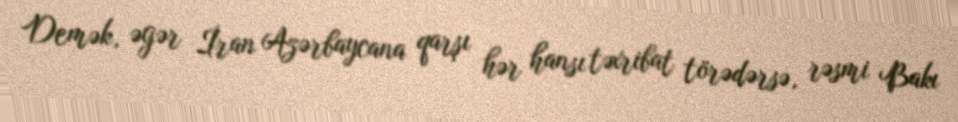
Demək, əgər İran Azərbaycana qarşı hər hansı təxribat törədərsə, rəsmi Bakı